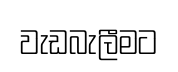
වැඩබැලීමට